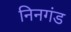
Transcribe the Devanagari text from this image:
निनगंड